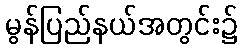
မွန်ပြည်နယ်အတွင်း၌